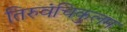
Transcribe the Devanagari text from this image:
तिरुवंचिकुलम